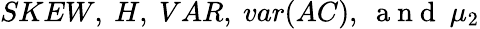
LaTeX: SKEW,~H,~VAR,~var(AC),~\mathrm{~a~n~d~}~\mu_{2}